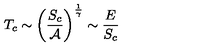
T _ { c } \sim \left( \frac { S _ { c } } { { \cal A } } \right) ^ { \frac { 1 } { \gamma } } \sim \frac { E } { S _ { c } }